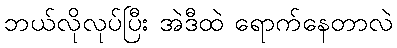
ဘယ်လိုလုပ်ပြီး အဲဒီထဲ ရောက်နေတာလဲ